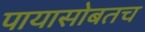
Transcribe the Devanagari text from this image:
पायासोबतच